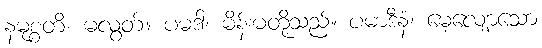
နမုစ္စတိ၊ မလွတ်။ ပမဒါ၊ မိန်းမတို့သည်။ ပမာဒီနံ၊ မေ့လျော့သော